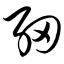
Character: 细